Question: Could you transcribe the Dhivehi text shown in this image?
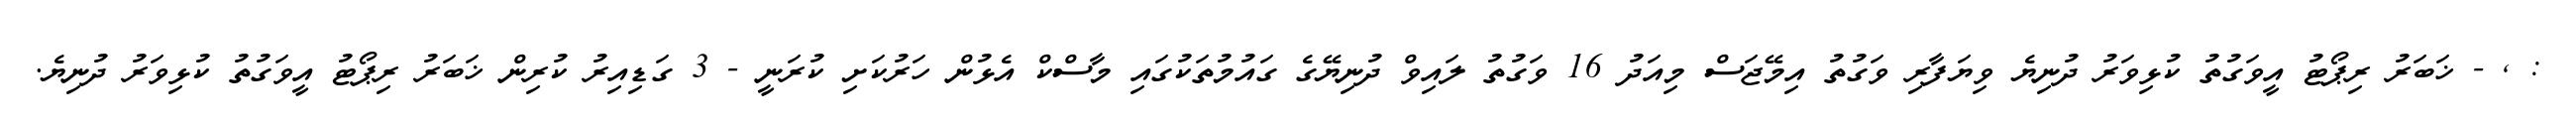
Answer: : , - ޚަބަރު ރިޕޯޓު އީވަގުތު ކުޅިވަރު ދުނިޔެ ވިޔަފާރި ވަގުތު އިމޭޖަސް މިއަދު 16 ވަގުތު ލައިވް ދުނިޔޭގެ ގައުމުތަކުގައި މާސްކް އެޅުން ހަރުކަށި ކުރަނީ - 3 ގަޑިއިރު ކުރިން ޚަބަރު ރިޕޯޓު އީވަގުތު ކުޅިވަރު ދުނިޔެ.